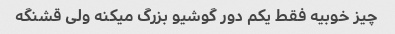
چیز خوبیه فقط یکم دور گوشیو بزرگ میکنه ولی قشنگه